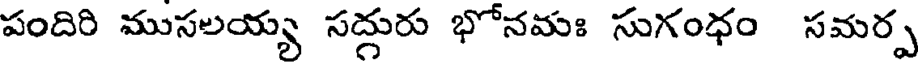
పందిరి ముసలయ్య సద్గురు భోనమః సుగంధం సమర్ప